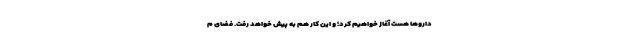
داروها هست آغاز خواهیم کرد؛ و این کار هم به پیش خواهد رفت. فضای م